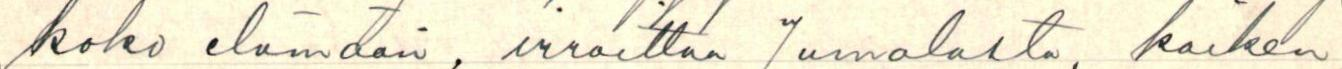
koko elämään, irroittaa Jumalasta, kaiken